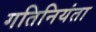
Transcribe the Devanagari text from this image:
गतिनियंता